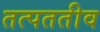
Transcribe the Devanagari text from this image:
तत्पततीव